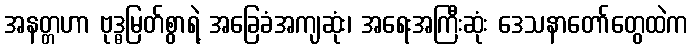
အနတ္တဟာ ဗုဒ္ဓမြတ်စွာရဲ့ အခြေခံအကျဆုံး၊ အရေးအကြီးဆုံး ဒေသနာတော်တွေထဲက